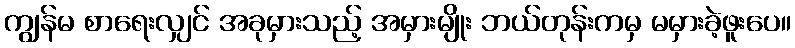
ကျွန်မ စာရေးလျှင် အခုမှားသည့် အမှားမျိုး ဘယ်တုန်းကမှ မမှားခဲ့ဖူးပေ။